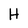
Character: H